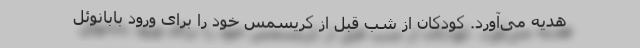
هدیه می‌آورد. کودکان از شب قبل از کریسمس خود را برای ورود بابانوئل